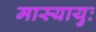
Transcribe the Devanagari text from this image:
मास्यायुः